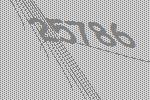
25786